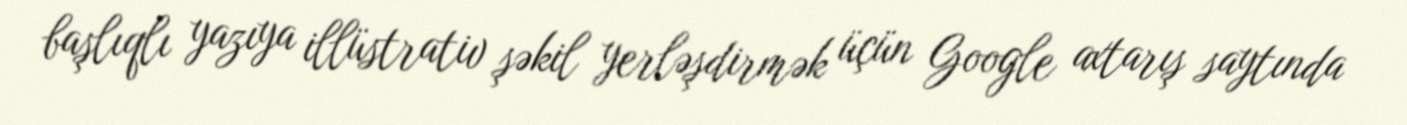
başlıqlı yazıya illüstrativ şəkil yerləşdirmək üçün Google axtarış saytında